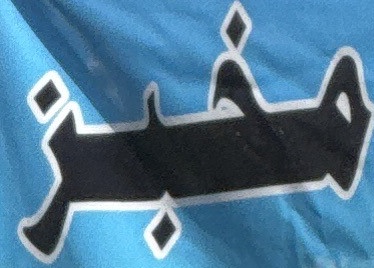
مخبز